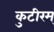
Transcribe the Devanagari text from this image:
कुटीरम्